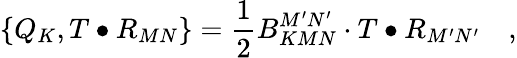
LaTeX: \left\{ Q_{K},T\bullet R_{MN}\right\} =\frac 12B_{KMN}^{M^{\prime}N^{\prime}}\cdot T\bullet R_{M^{\prime}N^{\prime}}\quad,